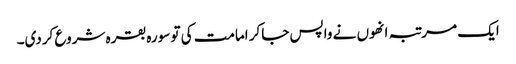
ایک مرتبہ انھوں نے واپس جاکر امامت کی تو سورہ بقرہ شروع کردی۔